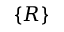
\left\{ R \right\}